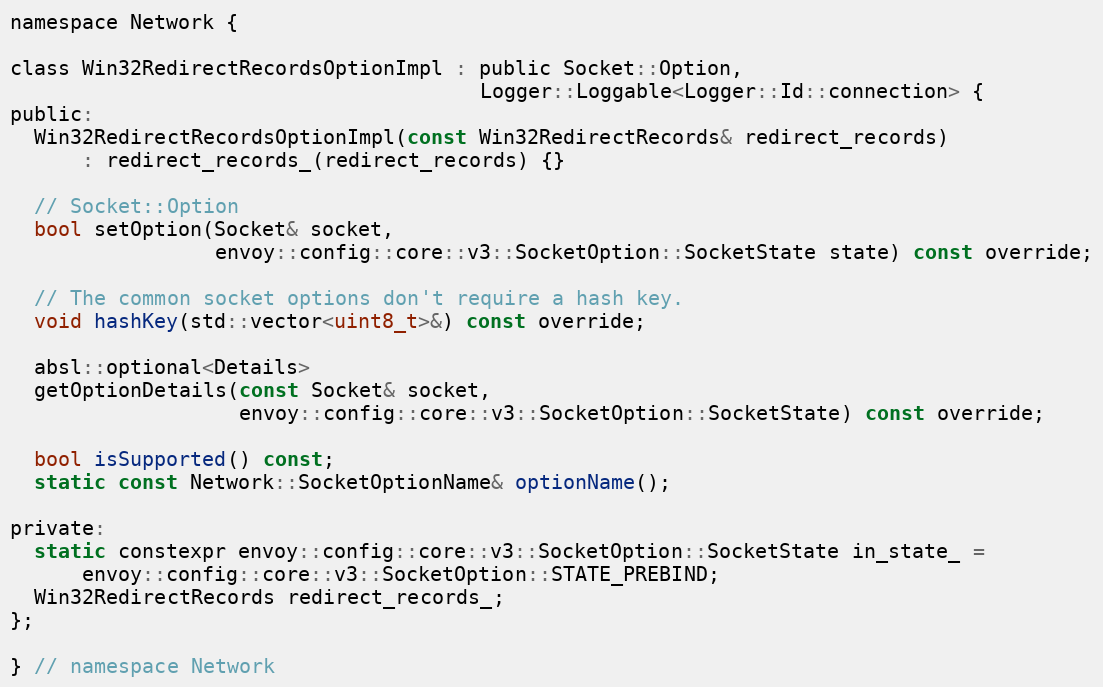
Language: C
namespace Network {

class Win32RedirectRecordsOptionImpl : public Socket::Option,
                                       Logger::Loggable<Logger::Id::connection> {
public:
  Win32RedirectRecordsOptionImpl(const Win32RedirectRecords& redirect_records)
      : redirect_records_(redirect_records) {}

  // Socket::Option
  bool setOption(Socket& socket,
                 envoy::config::core::v3::SocketOption::SocketState state) const override;

  // The common socket options don't require a hash key.
  void hashKey(std::vector<uint8_t>&) const override;

  absl::optional<Details>
  getOptionDetails(const Socket& socket,
                   envoy::config::core::v3::SocketOption::SocketState) const override;

  bool isSupported() const;
  static const Network::SocketOptionName& optionName();

private:
  static constexpr envoy::config::core::v3::SocketOption::SocketState in_state_ =
      envoy::config::core::v3::SocketOption::STATE_PREBIND;
  Win32RedirectRecords redirect_records_;
};

} // namespace Network